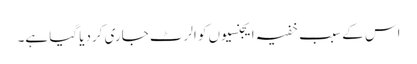
اس کے سبب خفیہ ایجنسیوں کو الرٹ جاری کردیا گیا ہے۔